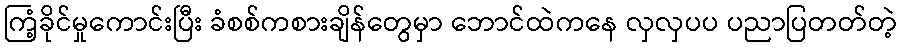
ကြံ့ခိုင်မှုကောင်းပြီး ခံစစ်ကစားချိန်တွေမှာ ဘောင်ထဲကနေ လှလှပပ ပညာပြတတ်တဲ့